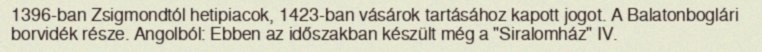
1396-ban Zsigmondtól hetipiacok, 1423-ban vásárok tartásához kapott jogot. A Balatonboglári borvidék része. Angolból: Ebben az időszakban készült még a "Siralomház" IV.